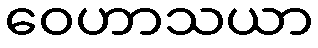
ဝေဟာသယာ